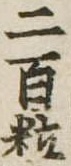
二百粒